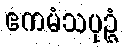
ဧကမံသပုဉ္ဇံ